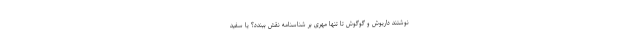
نوشتند داریوش و گوگوش تا تنها مُهری بر شناسنامه نقش ببندد؟ یا سفید